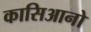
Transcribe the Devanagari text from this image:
कासिआनो